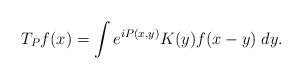
LaTeX: \begin{align*} T_P f (x) = \int e ^{i P (x,y)}K (y) f (x-y) \; dy . \end{align*}